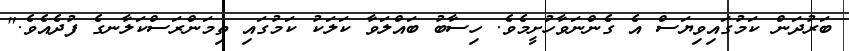
ބަރުދަން ކަމުގައިވިޔަސް އެ ގެންނަވާހުށީމެވެ. ހިސާބު ބައްލަވާ ކަލަކު ކަމުގައި ތިމަންރަސްކަލާނގެ ފުދެއެވެ."